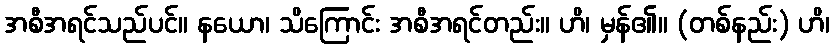
အစီအရင်သည်ပင်။ နယော၊ သိကြောင်း အစီအရင်တည်း။ ဟိ၊ မှန်၏။ (တစ်နည်း) ဟိ၊